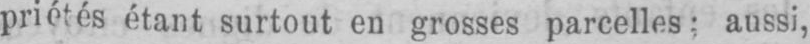
priétés étant surtout en grosses parcelles; aussi,